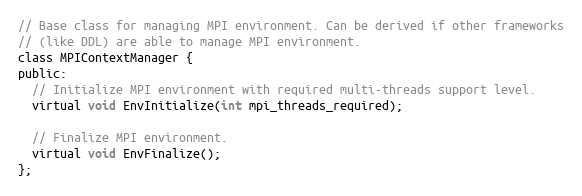
Language: C
// Base class for managing MPI environment. Can be derived if other frameworks
// (like DDL) are able to manage MPI environment.
class MPIContextManager {
public:
  // Initialize MPI environment with required multi-threads support level.
  virtual void EnvInitialize(int mpi_threads_required);

  // Finalize MPI environment.
  virtual void EnvFinalize();
};